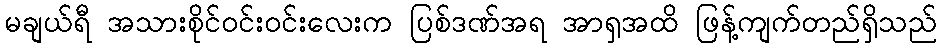
မချယ်ရီ အသားစိုင်ဝင်းဝင်းလေးက ပြစ်ဒဏ်အရ အာရှအထိ ဖြန့်ကျက်တည်ရှိသည်